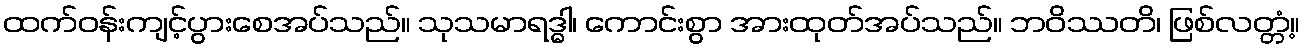
ထက်ဝန်းကျင့်ပွားစေအပ်သည်။ သုသမာရဒ္ဓါ၊ ကောင်းစွာ အားထုတ်အပ်သည်။ ဘဝိဿတိ၊ ဖြစ်လတ္တံ့။